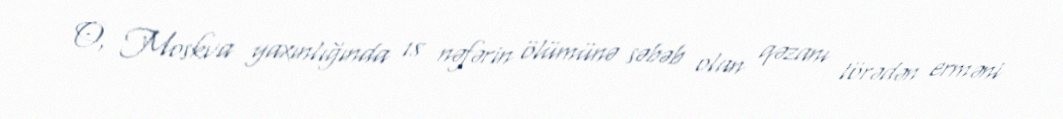
O, Moskva yaxınlığında 18 nəfərin ölümünə səbəb olan qəzanı törədən erməni